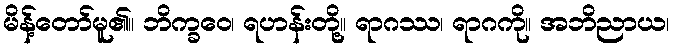
မိန့်တော်မူ၏။ ဘိက္ခဝေ၊ ရဟန်းတို့။ ရာဂဿ၊ ရာဂကို။ အဘိညာယ၊